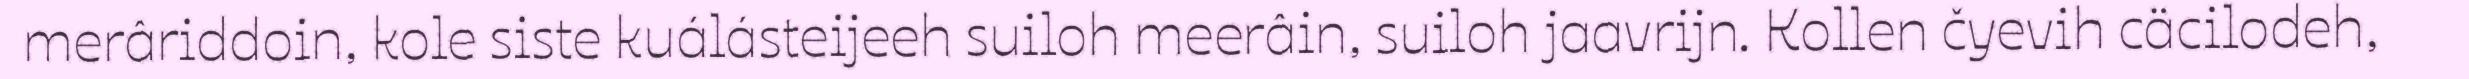
merâriddoin, kole siste kuálásteijeeh suiloh meerâin, suiloh jaavrijn. Kollen čyevih cäcilodeh,